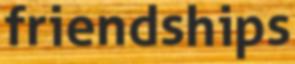
friendships